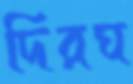
দিরঘ